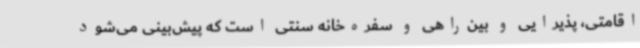
اقامتی، پذیرایی و بین‌راهی و سفره‌خانه سنتی است که پیش‌بینی می‌شود